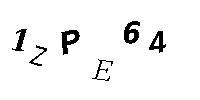
1ZPE64